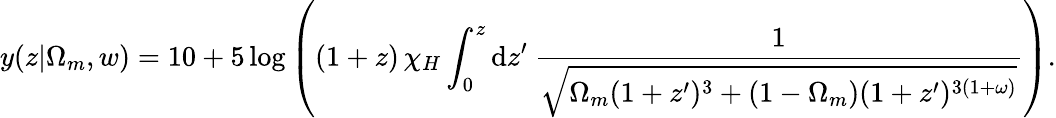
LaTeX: y(z|\Omega_{m},w)=10+5\log\left((1+z)\, \chi_{H}\int_{0}^{z}\mathrm{d}{z^{\prime}}\: \frac{1}{\sqrt{\Omega_{m}(1+z^{\prime})^{3}+(1-\Omega_{m})(1+z^{\prime})^{3(1+\omega)}}}\right).